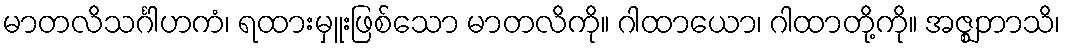
မာတလိသင်္ဂါဟကံ၊ ရထားမှူးဖြစ်သော မာတလိကို။ ဂါထာယော၊ ဂါထာတို့ကို။ အဇ္ဈဘာသိ၊